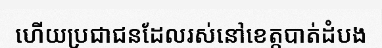
ហើយប្រជាជនដែលរស់នៅខេត្តបាត់ដំបង